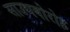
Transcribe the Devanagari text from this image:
साउथबोरोह